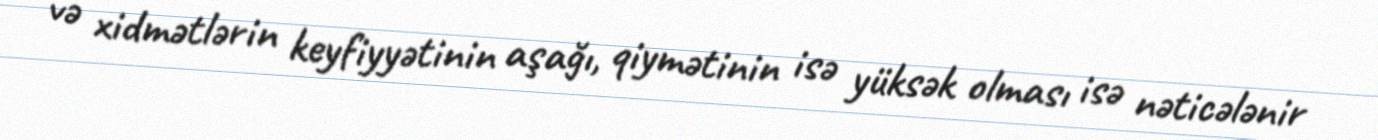
və xidmətlərin keyfiyyətinin aşağı, qiymətinin isə yüksək olması isə nəticələnir